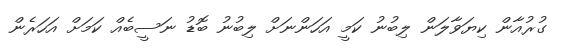
ގުރުއާން ކިޔަވާލަން ލިބުނު ކަމީ އަހަންނަށް ލިބުނު ބޮޑު ނަސީބެއް ކަމަށް އަހަރެން